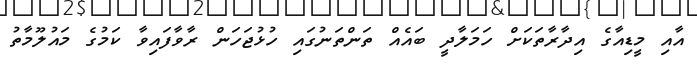
އާއި މީޑިއާގެ އިދާރާތަކަށް ހަމަލާދީ ބައެއް ތަންތަނުގައި ހުޅުޖަހަން ރާވާފައިވާ ކަމުގެ މައުލޫމާތު